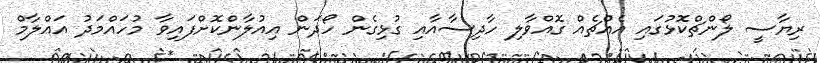
ރިޔާސީ ލޯންޗްކޮޅުގައި އެއްޗެއް ގޮއްވާލި ހާދިސާއާއި ގުޅިގެން ހޯދަން އިއުލާންކޮށްފައިވާ މުހައްމަދު އައްލާމް